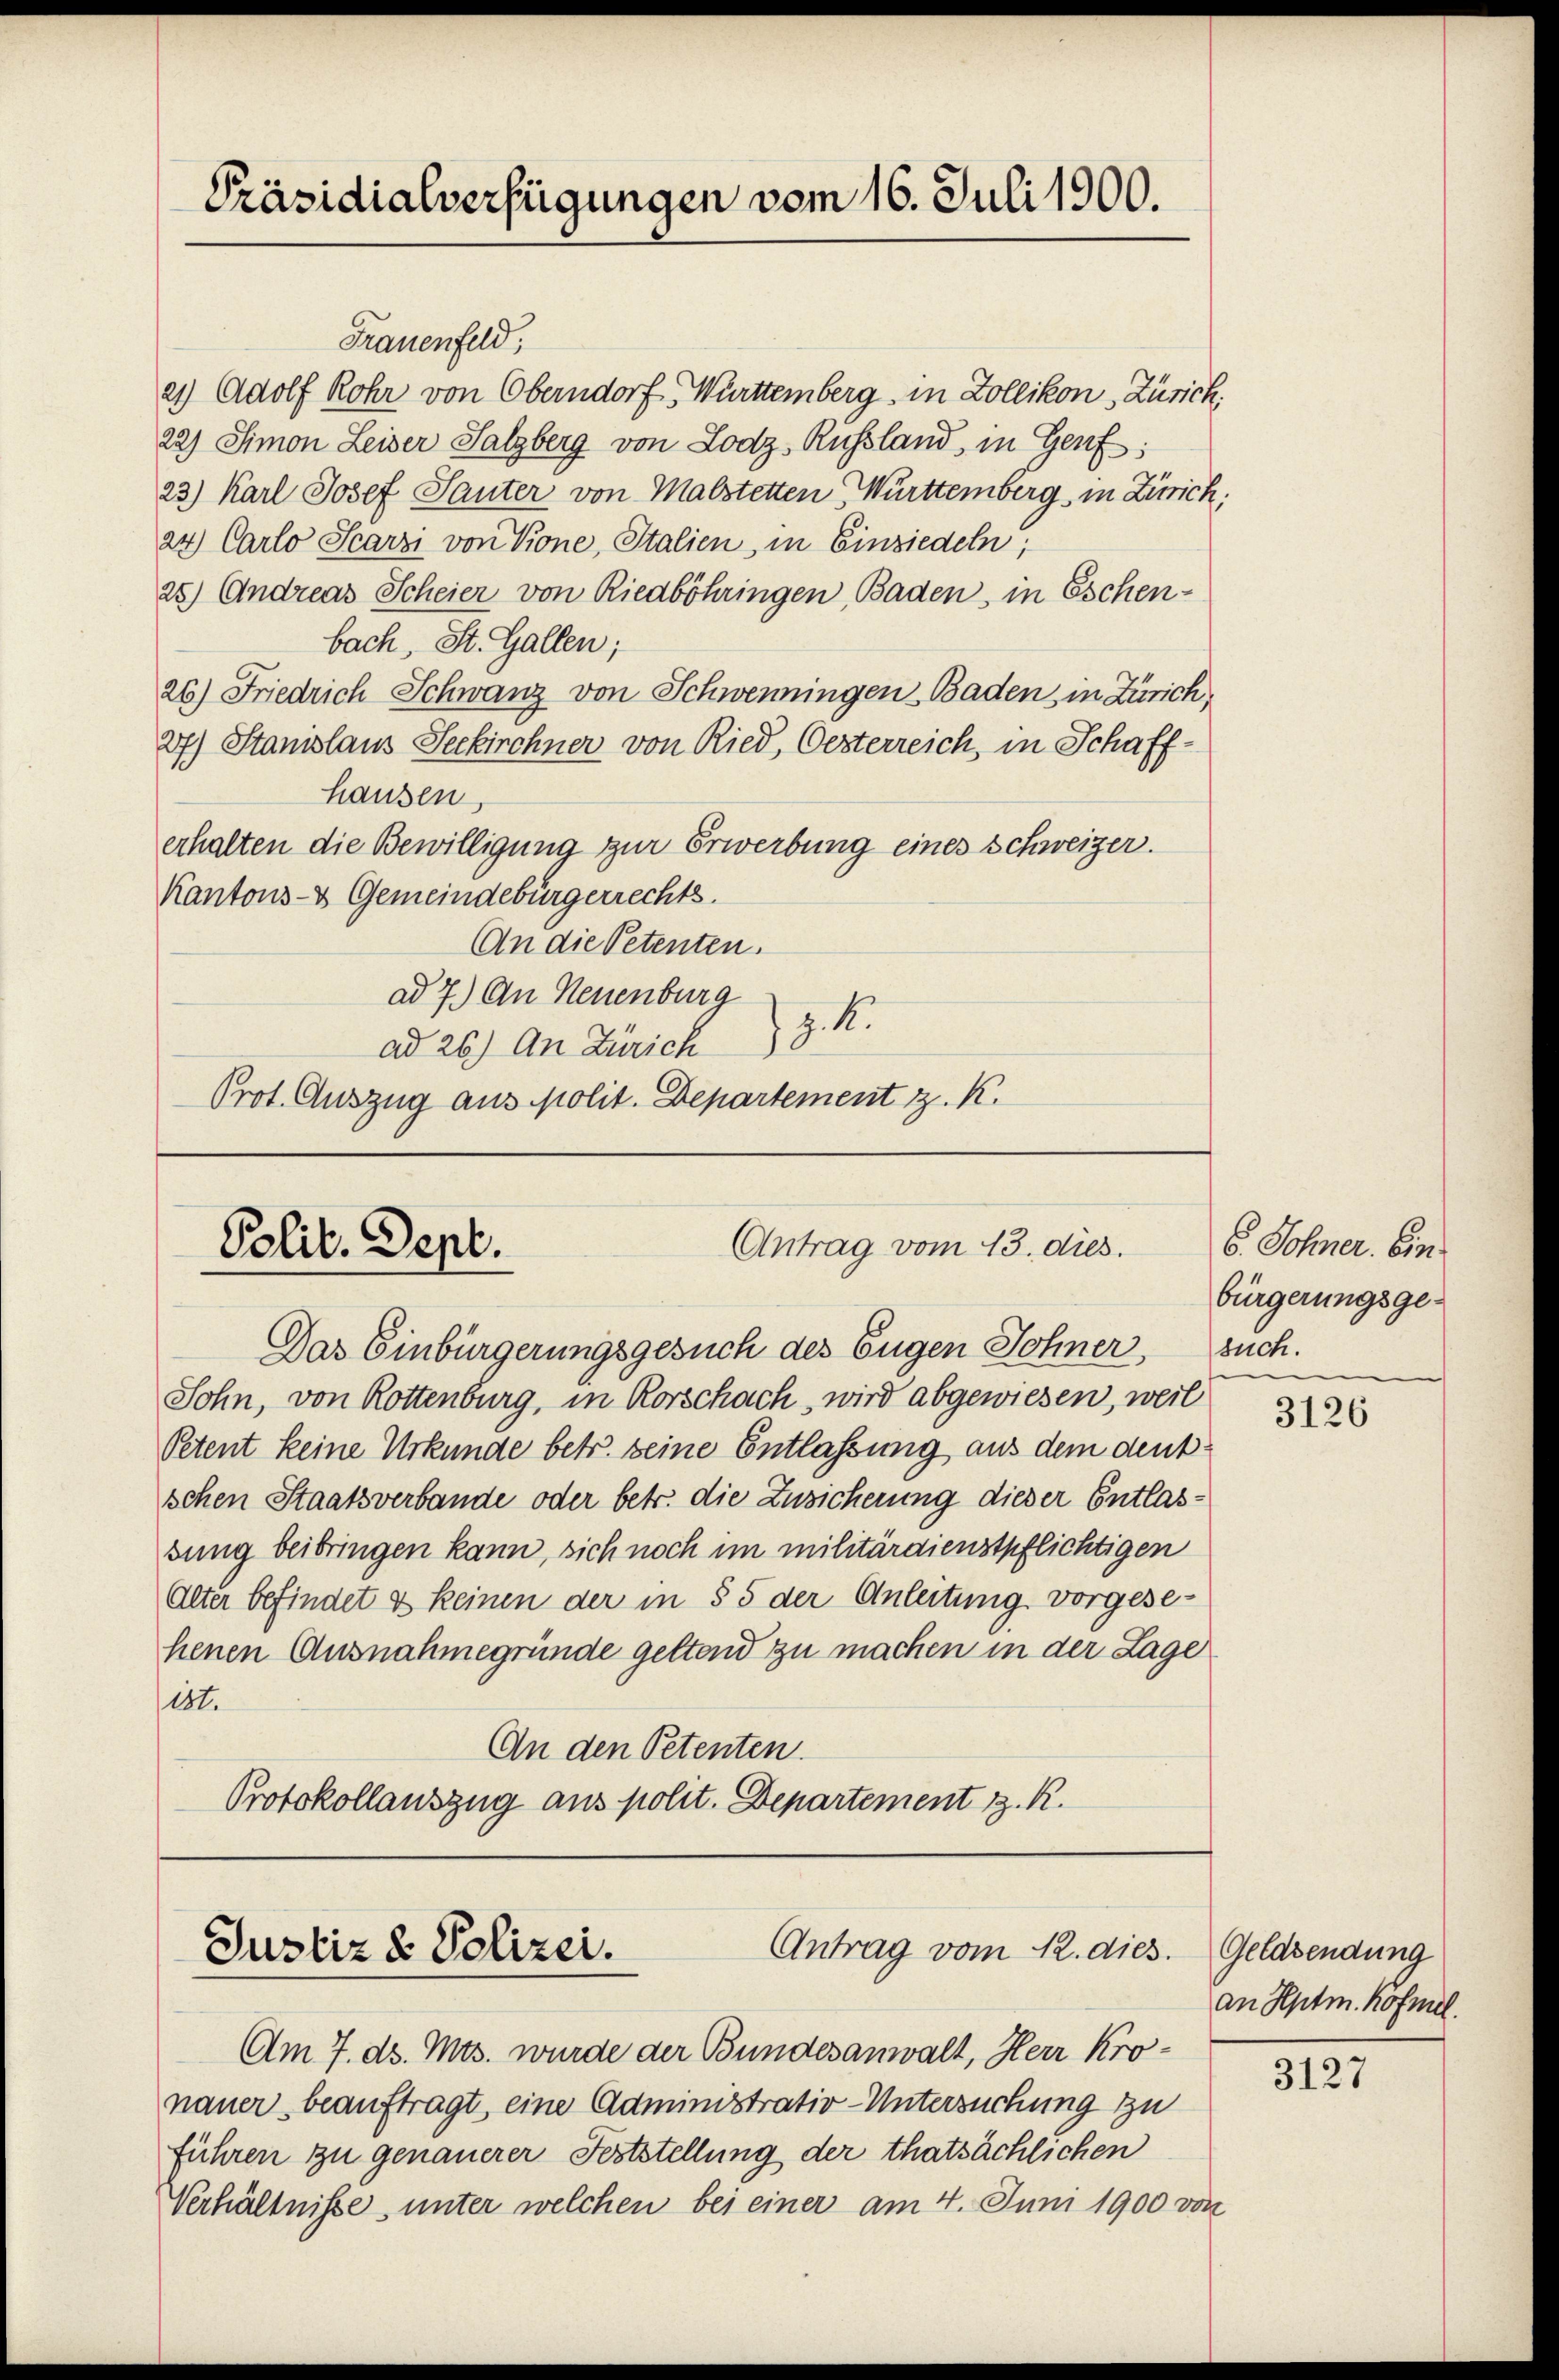
Präsidialverfügungen vom 16. Juli 1900.

Frauenfeld,
21) Adolf Rohr von Oberndorf, Württemberg, in Zollikon, Zürich
22) Simon Leiser Salzberg von Lodz, Russland, in Genf
23) Karl Josef Sauter von Malstetten, Württemberg in Zürich,
24.) Carlo Scarzi von Krone, Italien in Einsiedeln.
25) Andreas Scheier von Rieaböhringen, Baden, in Eschen-
bach, St. Gallen;
26) Friedrich Schwanz von Schwenningen Baden, in Zürich,
27.) Stanislaus Seckirchner von Ried, Oesterreich, in Schaffhausen,
erhalten die Bewilligung zur Erwerbung eines Schweizer.
Kantons- & Gemeindebürgerrechts.
AAn die Petenten.
ad 7.) An Neuenburg
z. B.
ad 26) An Zürich
Prot. Auszug aus Molit. Departement z. K.

Das Einbürgerungsgesuch des Eugen Sohner,
Sohn, von Rottenburg, in Rorschach, wird abgewiesen, weil
Petent keine Urkunde betr. seine Entlassung aus dem deutschen Staatsverbande oder betr. die Zusicherung dieser Entlassung beibringen kann, sich noch im militärdienstpflichtigen
Alter befindet & keinen der in § 5 der Anleitung vorgesehenen Ausnahmegründe geltend zu machen in der Lage
ist.
An den Petenten.
Protokollauszug aus polit. Departement z. R.

Antrag vom 13. dies.
Polit. Sept.

Antrag vom 12. dies.
Justiz & Polizei.

Am 7. d. Mts. wurde der Bundesanwalt, Herr Kronauer beauftragt, eine Administrativ-Untersuchung zu
führen zu genauerer Feststellung der thatsächlichen
Verhältnisse, unter welchen bei einer am 4. Juni 1900 von

6. Sohner. Ein
bürgerungsge-
such.

3126

Geldsendung
an Hptm. Hofmel.

3127